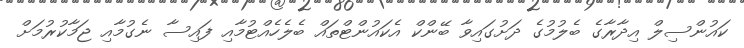
ކައުންސިލް އިދާރާގެ ބެލުމުގެ ދަށުގައިވާ ބޭންކް އެކައުންޓްތައް ބެލެހެއްޓުމާއި ފައިސާ ނެގުމާއި ޖަމާކުރުމަށް